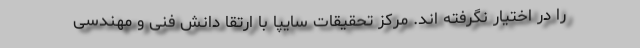
را در اختیار نگرفته اند. مرکز تحقیقات سایپا با ارتقا دانش فنی و مهندسی